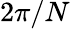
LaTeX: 2\pi/N